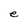
Character: e